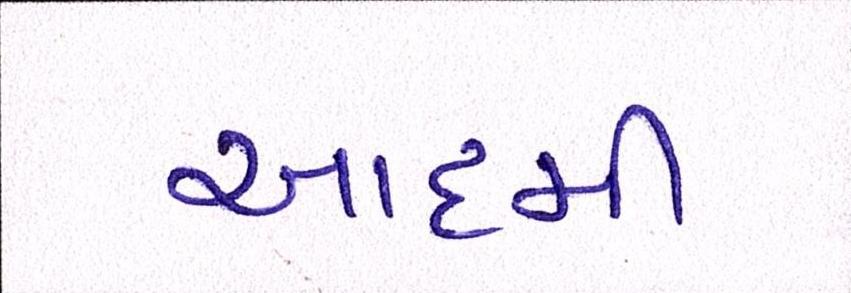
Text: આદમી